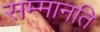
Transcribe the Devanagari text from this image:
सम्मानति